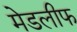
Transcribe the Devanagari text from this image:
मेडलीफ